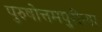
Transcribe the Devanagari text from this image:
पुरुषोत्तमपुरीला